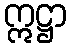
ဣဋ္ဌာ